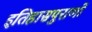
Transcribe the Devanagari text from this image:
इतिहासपुराणों